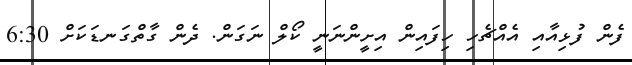
ފެން ފުޅިއާއި އެއްޗެހި ހިފައިން އިށީންނަނީ ކޯލް ނަގަން. ދެން ގާތްގަނޑަކަށް 6:30